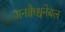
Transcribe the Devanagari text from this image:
अनक्वैश्चनेबल